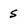
Character: S